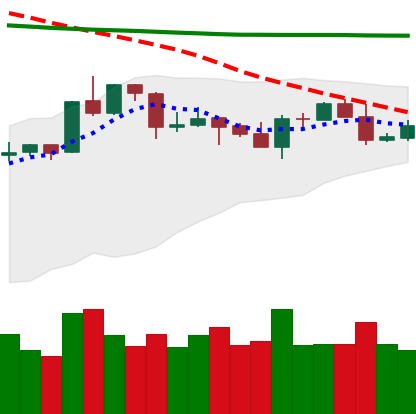
Ticker: XRP-USD
Chart end date: 2020-04-22
Forward return: 5.324%
Label: up_5_7